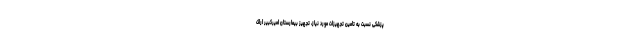
پزشکی نسبت به تامین تجهیزات مورد نیاز، تجهیز بیمارستان امیرکبیر اراک